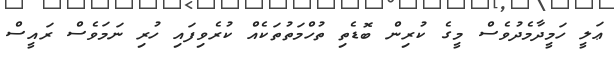
ޢަލީ ހަމީދާމެދުވެސް މީގެ ކުރިން ބޮޑެތި ތުހްމަތުތަކެއް ކުރެވިފައި ހުރި ނަމަވެސް ރައީސް